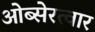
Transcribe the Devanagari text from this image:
ओब्सेरत्वार